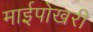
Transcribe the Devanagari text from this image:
माईपोखरी